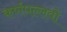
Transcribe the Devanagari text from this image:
कर्णपल्लवों